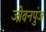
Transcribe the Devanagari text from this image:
जीवनपुंज